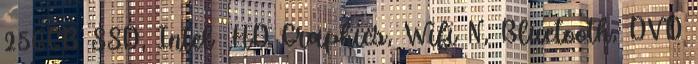
256GB SSD, Intel® HD Graphics, Wifi N, Bluetooth, DVD